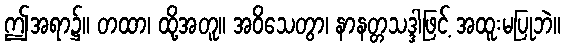
ဤအရာ၌။ တထာ၊ ထို့အတူ။ အဝိသေတွာ၊ နာနတ္တသဒ္ဒါဖြင့် အထူးမပြုဘဲ။